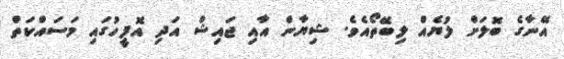
އޭނާގެ ބޮލަށް ލުޔެއް ލިބޭތޯއެވެ. ޝިޔާން އާއި ޖައިޝް އަދި އޮފީހުގައި މަސައްކަތް